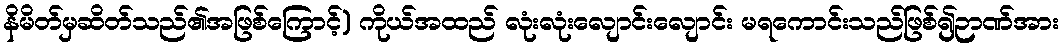
နိမိတ်မှဆိတ်သည်၏အဖြစ်ကြောင့်) ကိုယ်အထည် လုံးလုံးလျောင်းလျောင်း မရကောင်းသည်ဖြစ်၍ဉာဏ်အား